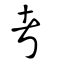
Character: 考